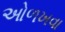
ઓળખવા